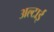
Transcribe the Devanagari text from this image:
अल्टाई